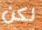
لكن